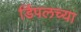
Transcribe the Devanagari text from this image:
डिंपलच्या